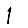
Digit: 1